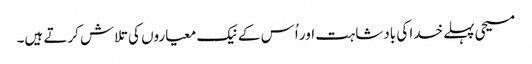
‏ مسیحی پہلے خدا کی بادشاہت اور اُس کے نیک معیاروں کی تلاش کرتے ہیں۔